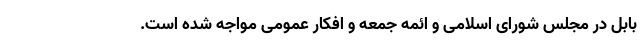
بابل در مجلس شورای اسلامی و ائمه جمعه و افکار عمومی مواجه شده است.